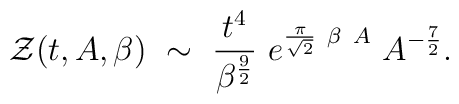
{\cal Z}(t,A,\beta)~\sim~{t^4\over\beta^{9\over 2}}~e^{{\pi\over \sqrt{2}}~\beta~A}~A^{-{7 \over 2}}.